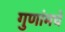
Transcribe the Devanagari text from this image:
गुणांमधे